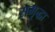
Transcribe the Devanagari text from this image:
समृद्धा